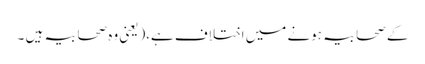
کے صحابیہ ہونے میں اختلاف ہے،(یعنی وہ صحابیہ ہیں ۔